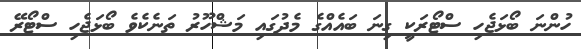
ހުންނަ ބޯޅަޖެހި ސްޓޯރަކީ ގިނަ ބައެއްގެ މެދުގައި މަޝްހޫރު ތަނެކެވެ ބޯޅަޖެހި ސްޓޯރޭ